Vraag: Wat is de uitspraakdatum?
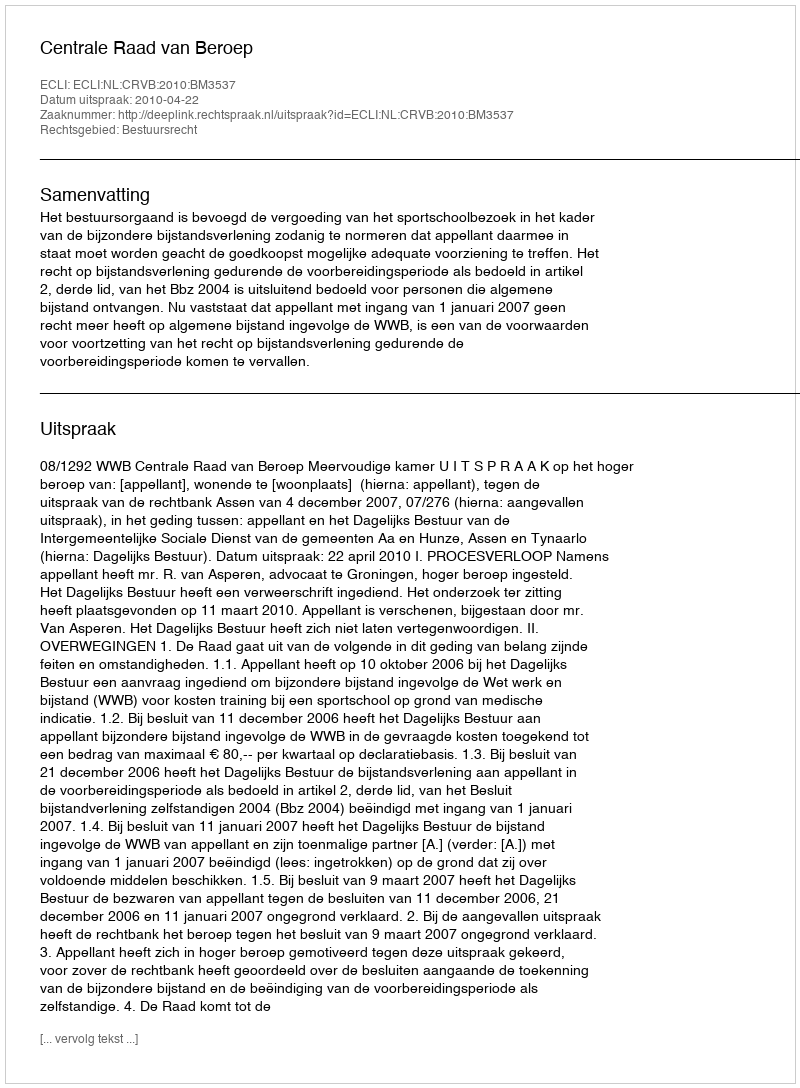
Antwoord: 2010-04-22